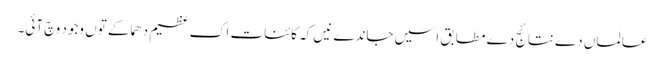
عالماں دے نتائج دے مطابق اسیں جاندے نیں کہ کائنات اک عظیم دھماکے تو‏ں وجود وچ آئی۔